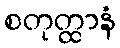
စတုတ္ထာနံ